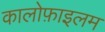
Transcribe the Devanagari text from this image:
कालोफ़ाइलम